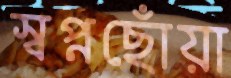
স্বপ্নছোঁয়া